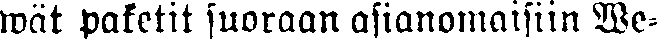
wät paketit suoraan asianomaisiin We-